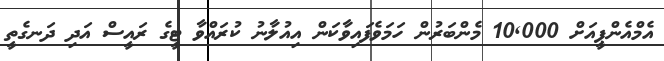
އެމްއެންޕީއަށް 10